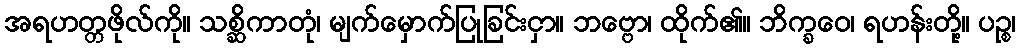
အရဟတ္တဖိုလ်ကို။ သစ္ဆိကာတုံ၊ မျက်မှောက်ပြုခြင်းငှာ။ ဘဗ္ဗော၊ ထိုက်၏။ ဘိက္ခဝေ၊ ရဟန်းတို့။ ပဉ္စ၊